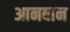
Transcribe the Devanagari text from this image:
आनबान